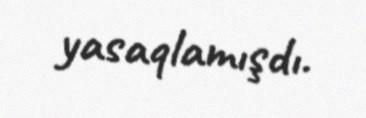
yasaqlamışdı.